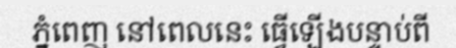
ភ្នំពេញ នៅពេលនេះ ធ្វើឡើងបន្ទាប់ពី